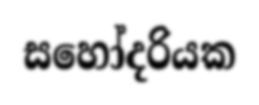
සහෝදරියක